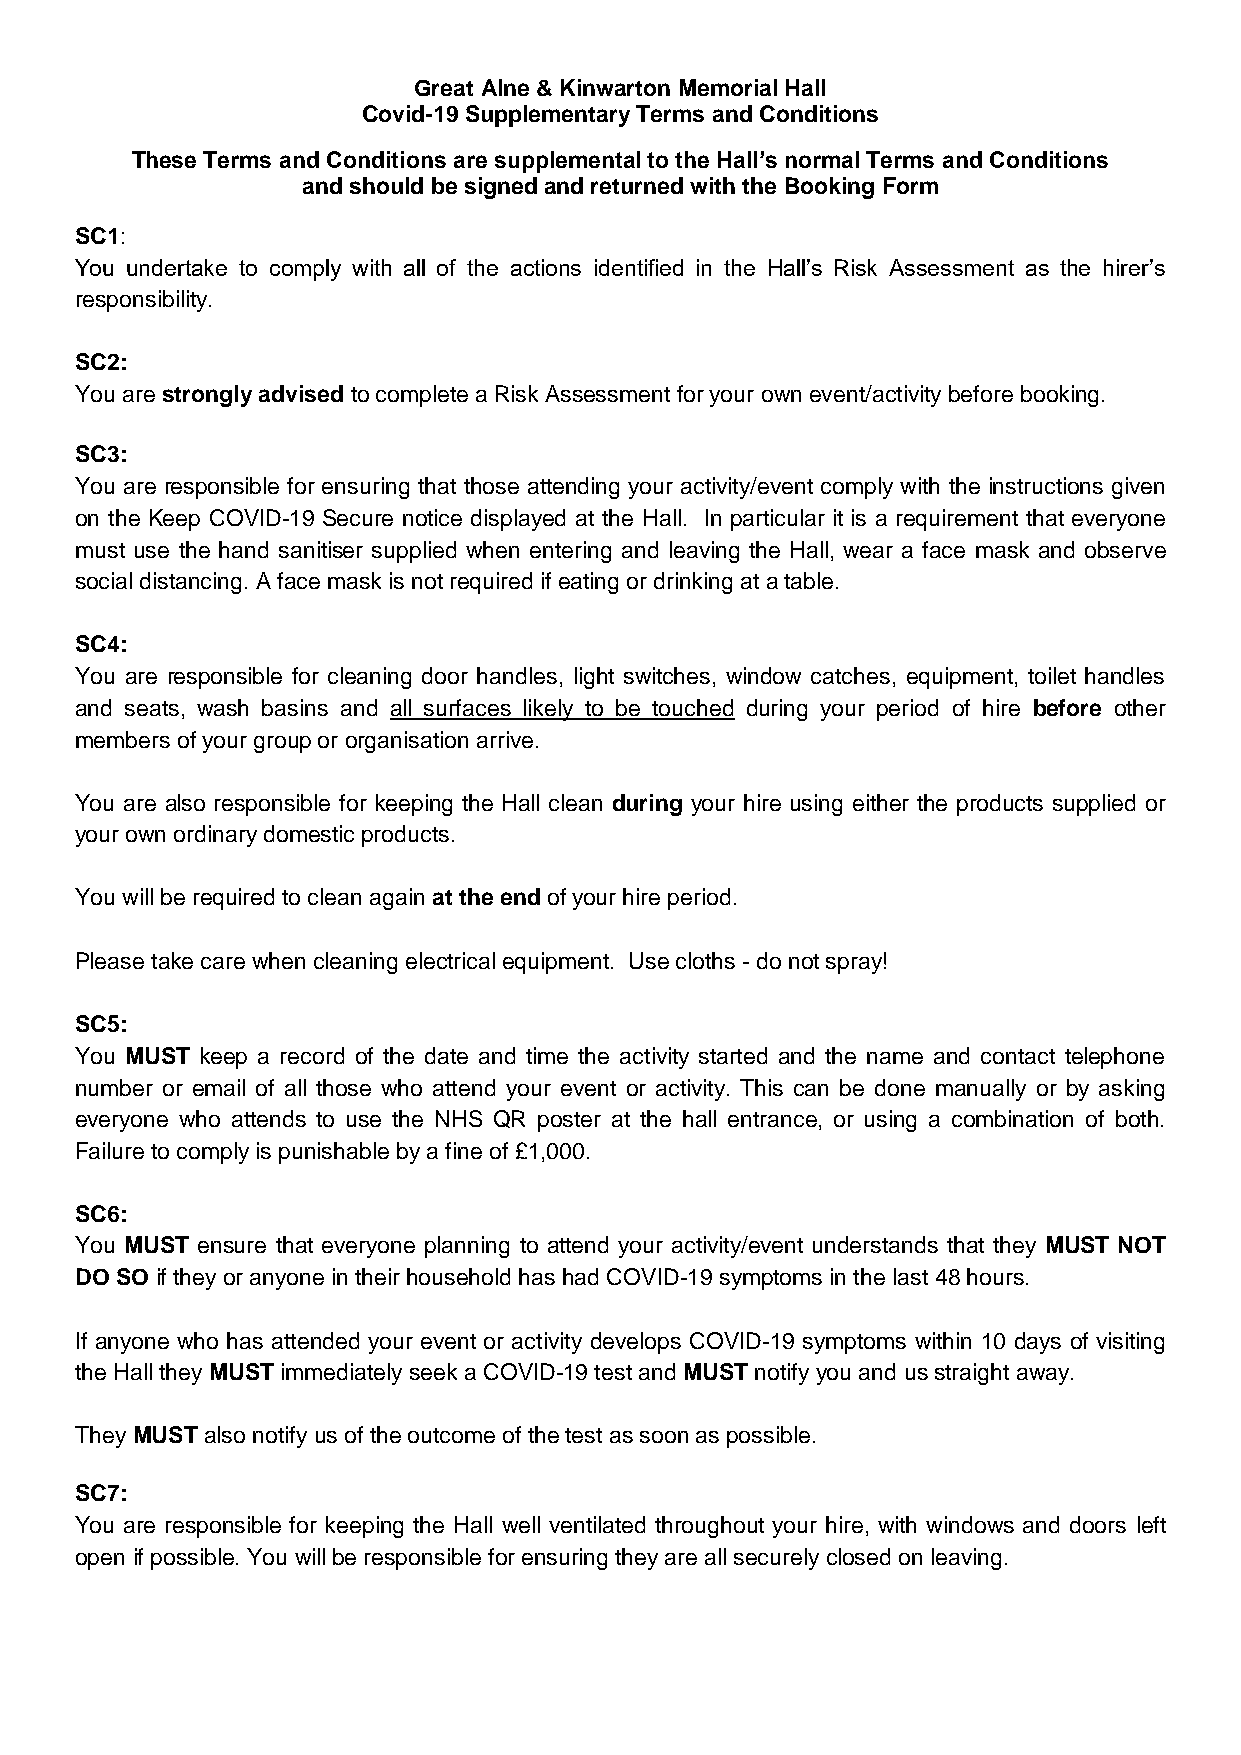
Great Alne & Kinwarton Memorial Hall
 Covid-19 Supplementary Terms and Conditions
 These Terms and Conditions are supplemental to the Hall’s normal Terms and Conditions
 and should be signed and returned with the Booking Form
 SC1:
 You undertake to comply with all of the actions identified in the Hall’s Risk Assessment as the hirer’s
 responsibility.
 SC2:
 You are strongly advised to complete a Risk Assessment for your own event/activity before booking.
 SC3:
 You are responsible for ensuring that those attending your activity/event comply with the instructions given
 on the Keep COVID-19 Secure notice displayed at the Hall. In particular it is a requirement that everyone
 must use the hand sanitiser supplied when entering and leaving the Hall, wear a face mask and observe
 social distancing. A face mask is not required if eating or drinking at a table.
 SC4:
 You are responsible for cleaning door handles, light switches, window catches, equipment, toilet handles
 and seats, wash basins and all surfaces likely to be touched during your period of hire before other
 members of your group or organisation arrive.
 You are also responsible for keeping the Hall clean during your hire using either the products supplied or
 your own ordinary domestic products.
 You will be required to clean again at the end of your hire period.
 Please take care when cleaning electrical equipment. Use cloths - do not spray!
 SC5:
 You MUST keep a record of the date and time the activity started and the name and contact telephone
 number or email of all those who attend your event or activity. This can be done manually or by asking
 everyone who attends to use the NHS QR poster at the hall entrance, or using a combination of both.
 Failure to comply is punishable by a fine of £1,000.
 SC6:
 You MUST ensure that everyone planning to attend your activity/event understands that they MUST NOT
 DO SO if they or anyone in their household has had COVID-19 symptoms in the last 48 hours.
 If anyone who has attended your event or activity develops COVID-19 symptoms within 10 days of visiting
 the Hall they MUST immediately seek a COVID-19 test and MUST notify you and us straight away.
 They MUST also notify us of the outcome of the test as soon as possible.
 SC7:
 You are responsible for keeping the Hall well ventilated throughout your hire, with windows and doors left
 open if possible. You will be responsible for ensuring they are all securely closed on leaving.